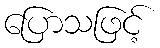
ပြောသဖြင့်